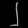
Digit: ၂